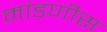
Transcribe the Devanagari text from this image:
मांडणीस